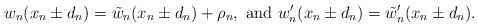
\begin{align*}w_n(x_n \pm d_n) = \tilde{w}_n (x_n \pm d_n) + \rho_n,\ \textrm{and}\ w_n'(x_n \pm d_n) = \tilde{w}_n'(x_n \pm d_n).\end{align*}